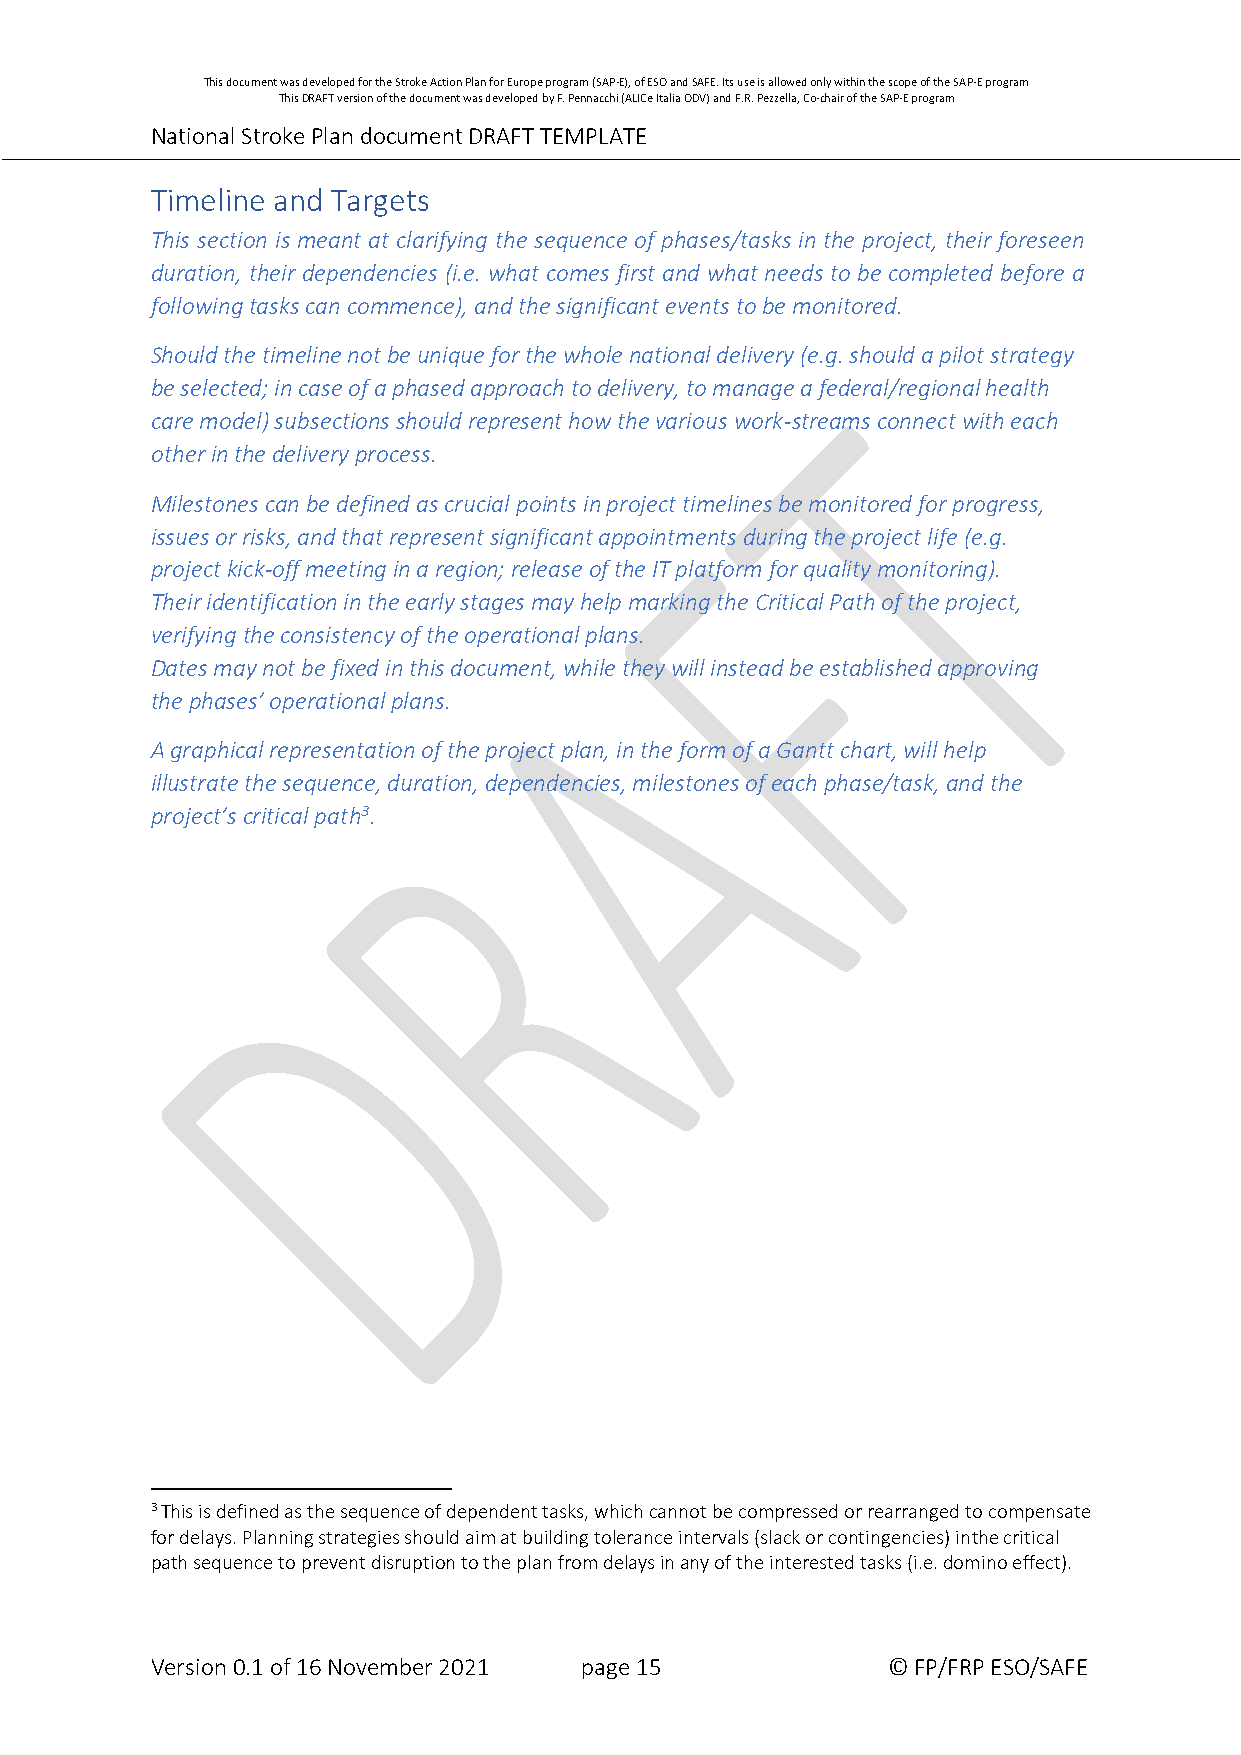
This document was developed for the Stroke Action Plan for Europe program (SAP-E), of ESO and SAFE. Its use is allowed only within the scope of the SAP-E program
 This DRAFT version of the document was developed by F. Pennacchi (ALICe Italia ODV) and F.R. Pezzella, Co-chair of the SAP-E program
 National Stroke Plan document DRAFT TEMPLATE
 Timeline and Targets
 This section is meant at clarifying the sequence of phases/tasks in the project, their foreseen
 duration, their dependencies (i.e. what comes first and what needs to be completed before a
 following tasks can commence), and the significant events to be monitored.
 Should the timeline not be unique for the whole national delivery (e.g. should a pilot strategy
 be selected; in case of a phased approach to delivery, to manage a federal/regional health
 care model) subsections should represent how the various work-streams connect with each
 other in the delivery process.
 Milestones can be defined as crucial points in project timelines be monitored for progress,
 issues or risks, and that represent significant appointments during the project life (e.g.
 project kick-off meeting in a region; release of the IT platform for quality monitoring).
 Their identification in the early stages may help marking the Critical Path of the project,
 verifying the consistency of the operational plans.
 Dates may not be fixed in this document, while they will instead be established approving
 the phases’ operational plans.
 A graphical representation of the project plan, in the form of a Gantt chart, will help
 illustrate the sequence, duration, dependencies, milestones of each phase/task, and the
 project’s critical path3.
 3 This is defined as the sequence of dependent tasks, which cannot be compressed or rearranged to compensate
 for delays. Planning strategies should aim at building tolerance intervals (slack or contingencies) in the critical
 path sequence to prevent disruption to the plan from delays in any of the interested tasks (i.e. domino effect).
 Version 0.1 of 16 November 2021 page 15          © FP/FRP ESO/SAFE